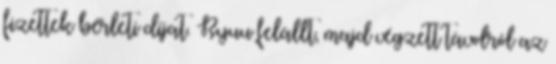
fizettek bérleti díjat. Ryuu felállt, majd végzett távolról az